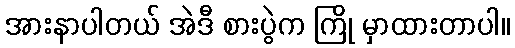
အားနာပါတယ် အဲဒီ စားပွဲက ကြို မှာထားတာပါ။